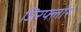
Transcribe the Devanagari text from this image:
जिरफ्लोर